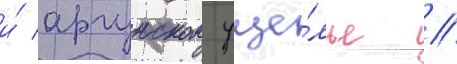
и́ аргунском уще́лье //